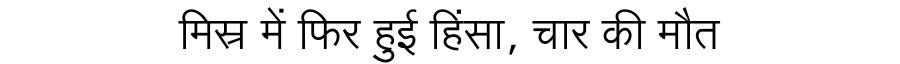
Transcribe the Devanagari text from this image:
मिस्र में फिर हुई हिंसा, चार की मौत